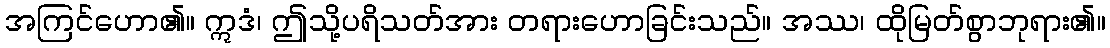
အကြင်ဟော၏။ ဣဒံ၊ ဤသို့ပရိသတ်အား တရားဟောခြင်းသည်။ အဿ၊ ထိုမြတ်စွာဘုရား၏။